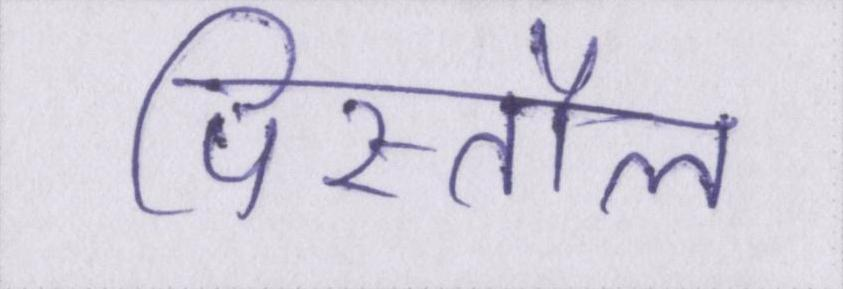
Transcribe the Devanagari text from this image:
पिस्तौल